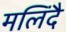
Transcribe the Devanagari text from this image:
मलिंदै